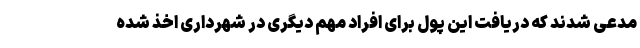
مدعی شدند که دریافت این پول برای افراد مهم دیگری در شهرداری اخذ شده